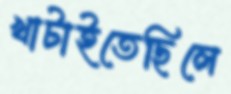
খাটাইতেছিলে